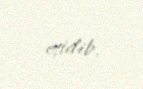
eşidib.